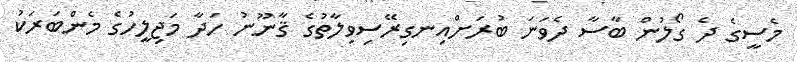
މެސީގެ ދެ ގޯލުން ބާސާ ދެވަނަ ބުރަށްއިނގިރޭސިވިލާތުގެ ޤާނޫނު ހަދާ މަޖިލީހުގެ މެންބަރަކު